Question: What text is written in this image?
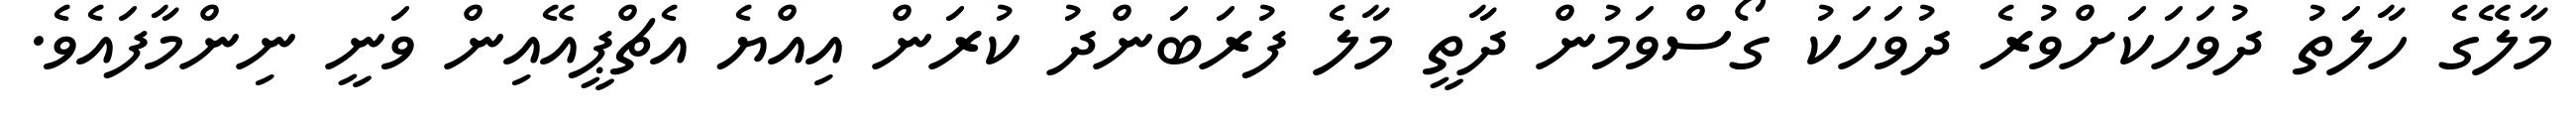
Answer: މާލޭގެ ހާލަތު ދުވަހަކަށްވުރެ ދުވަހަކު ގޯސްވަމުން ދާތީ މާލެ ފުރަބަންދު ކުރަން އިއްޔެ އެޗްޕީއޭއިން ވަނީ ނިންމާފައެވެ.